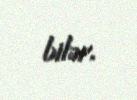
bilər.